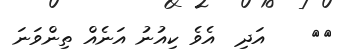
٢٠    އަދި  އެވެ ކިއުނު އަނެއް ތިންވަނަ